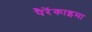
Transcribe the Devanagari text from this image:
पैरेंकाइमा